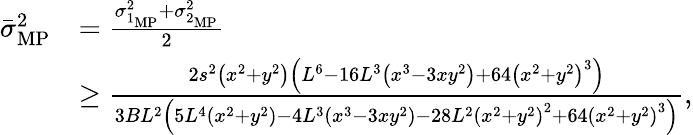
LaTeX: \begin{array}{rl}{\bar{\sigma}_{\mathrm{MP}}^{2}}&{=\frac{\sigma_{1_{\mathrm{MP}}}^{2}+\sigma_{2_{\mathrm{MP}}}^{2}}{2}}\\ &{\geq\frac{2s^{2}\left(x^{2}+y^{2}\right)\left(L^{6}-16L^{3}\left(x^{3}-3xy^{2}\right)+64\left(x^{2}+y^{2}\right)^{3}\right)}{3BL^{2}\left(5L^{4}\left(x^{2}+y^{2}\right)-4L^{3}\left(x^{3}-3xy^{2}\right)-28L^{2}\left(x^{2}+y^{2}\right)^{2}+64\left(x^{2}+y^{2}\right)^{3}\right)},}\end{array}